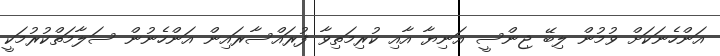
އަންހެނަކަށް ވުމުން ލިބޭ ޖިންސީ އަނިޔާ އާއި ކުރިމަތިވާ ފުރައްސާރައިން އަންހެނުން ސަލާމަތްކުރުމަކީ